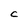
Character: C